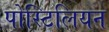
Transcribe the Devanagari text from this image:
पोस्टिलियन